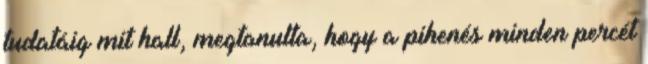
tudatáig mit hall, megtanulta, hogy a pihenés minden percét